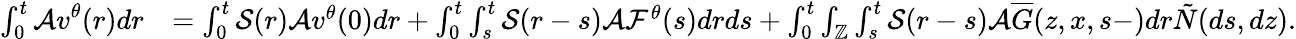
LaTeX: \begin{array}{rl}{\int_{0}^{t}\mathcal{A}\displaystyle v^{\theta}(r)dr}&{=\int_{0}^{t}\mathcal{S}(r)\mathcal{A}v^{\theta}(0)dr+\int_{0}^{t}\int_{s}^{t}\mathcal{S}(r-s)\mathcal{A}\mathcal{F}^{\theta}(s)drds+\int_{0}^{t}\int_{\mathbb{Z}}\int_{s}^{t}\mathcal{S}(r-s)\mathcal{A}\overline{{G}}(z,x,s-)dr\tilde{N}(ds,dz).}\end{array}